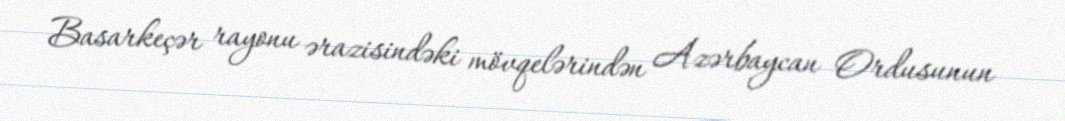
Basarkeçər rayonu ərazisindəki mövqelərindən Azərbaycan Ordusunun